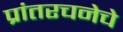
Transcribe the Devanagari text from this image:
प्रांतरचनेचे